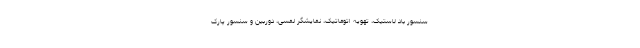
سنسور باد لاستیک، تهویه اتوماتیک، نمایشگر لمسی، دوربین و سنسور پارک